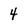
Character: 4